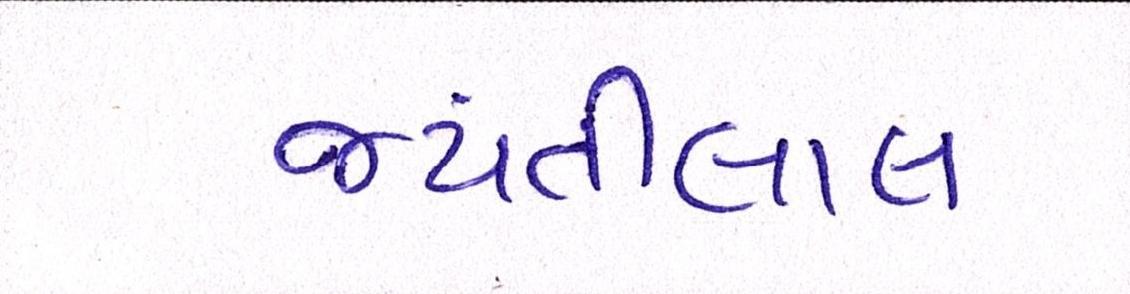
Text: જયંતીલાલ